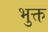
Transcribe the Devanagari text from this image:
भुक्त